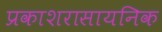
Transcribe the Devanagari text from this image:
प्रकाशरासायनिक